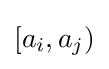
[a_{i},a_{j})